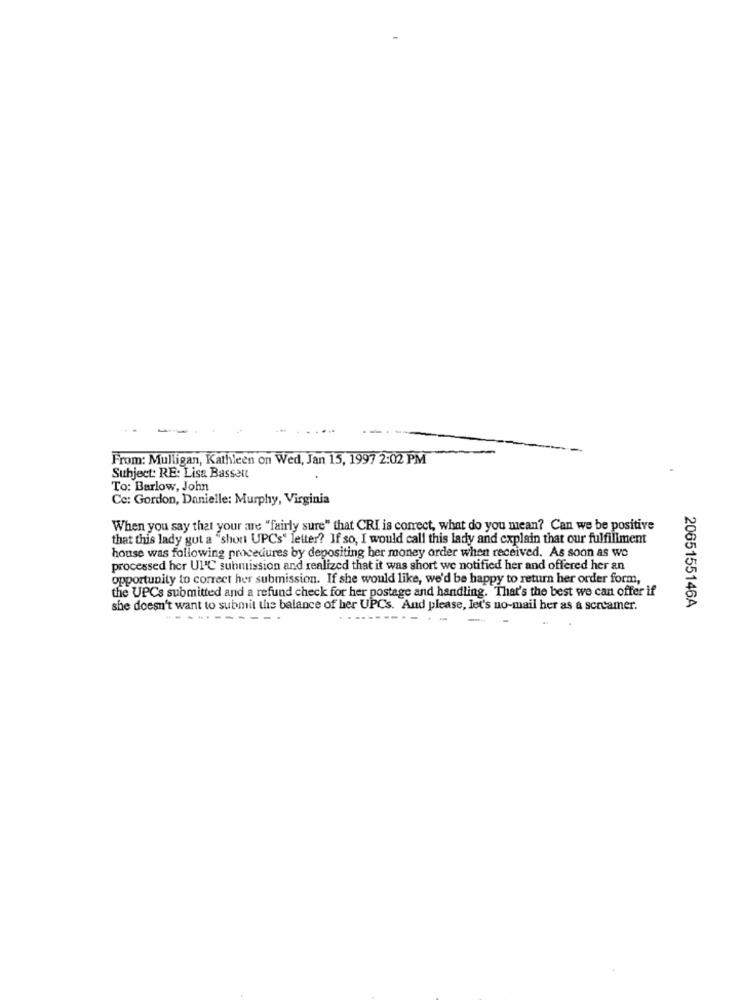
From: Mulligan, Kathleen on Wed, Jan 15, 1997 2:02 PM
Subject: RE: Lisa Bassen
To: Barlow, John
Ce: Gordon, Danielle: Murphy, Virginia
When you say that your are "fairly sure" that CRI is correct, what do you mean? Can we be positive
that this lady gut a "shon UPCs' letter? If so, I would call this lady and explain that our fulfillment
house was following procedures by depositing ber money order when received. As soon as we
processed her Ul'C submission and realized that it was short we notified her and offered her an
opportunity to correct her submission. If she would like, we'd be happy to return her order form,
the UPCs submitted and a refund check for her postage and handling. That's the best we can offer if
she doesn't want to submit the balance of her UPCs. And please, let's no-mail her as & screamer.
2065155146A
--
. .